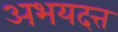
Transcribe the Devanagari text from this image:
अभयदत्त